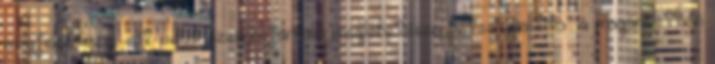
megfeledkezni, sőt velük szembefordulni meglehetősen kétes „politika” a magánéletben